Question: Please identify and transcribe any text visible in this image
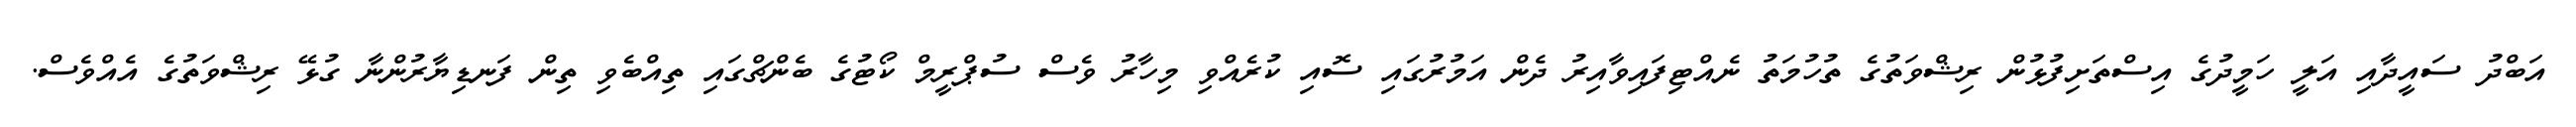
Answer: އަބްދު ސައީދާއި އަލީ ހަމީދުގެ އިސްތަށިފުޅުން ރިޝްވަތުގެ ތުހުމަތު ނެއްޓިފައިވާއިރު ދެން އަމުރުގައި ސޮއި ކުރެއްވި މިހާރު ވެސް ސުޕްރީމް ކޯޓުގެ ބެންޗްގައި ތިއްބެވި ތިން ފަނޑިޔާރުންނާ ގުޅޭ ރިޝްވަތުގެ އެއްވެސް.